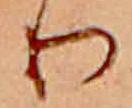
り